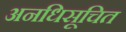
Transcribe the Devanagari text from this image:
अनधिसूचित